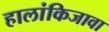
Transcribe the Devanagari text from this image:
हालांकिजावा